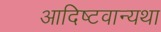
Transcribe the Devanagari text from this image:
आदिष्टवान्यथा